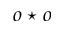
o \star o